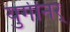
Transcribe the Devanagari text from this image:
युगीनर्